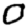
Digit: 0